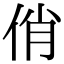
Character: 俏